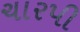
ચારપી